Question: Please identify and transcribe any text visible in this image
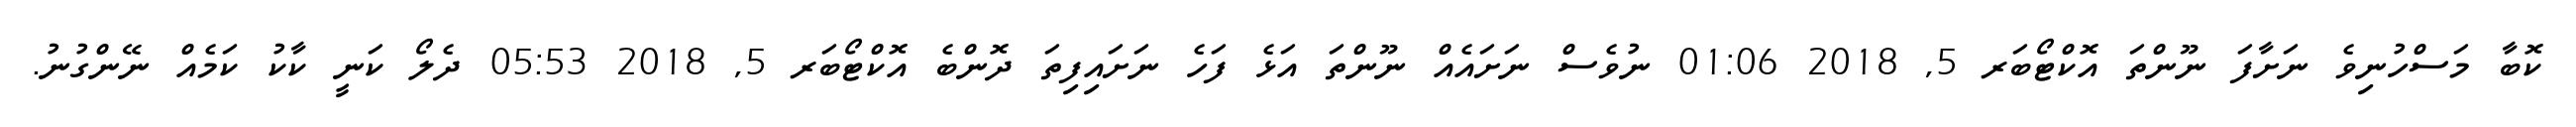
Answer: ކޮބާ މަސްހުނިވެ ނަށާފަ ނޫންތަ އޮކްޓޯބަރ 5, 2018 01:06 ނުވެސް ނަށައެއް ނޫންތަ އަޅެ ފަހެ ނަށައިފިތަ ދޮންބެ އޮކްޓޯބަރ 5, 2018 05:53 ދެލޯ ކަނީ ކާކު ކަމެއް ނޭންގުނު.